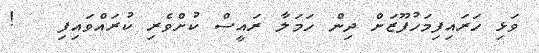
ވަޅި ހަރައިފިމަހުފޫޒަށް ދިން ހަމަލާ ރައީސް ކުށްވެރި ކުރައްވައިފި   !